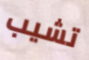
تشيب